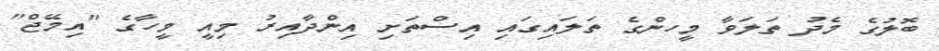
ބޮލުގެ މެދު ތަލަވާ މީހންގެ ތަލައިގައި އިސްތަށި އިންދާއިރު މިއީ މީހާގެ "އިމޭޖް"